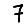
Digit: 7